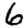
Digit: 6